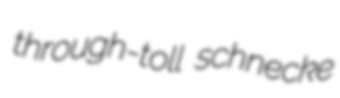
through-toll schnecke